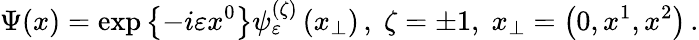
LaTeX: \Psi(x)=\exp\left\{ -i\varepsilon x^{0}\right\} \psi_{\varepsilon}^{(\zeta)}\left(x_{\perp}\right)\, ,\; \zeta=\pm 1,\; x_{\perp}=\left(0,x^{1},x^{2}\right)\, .